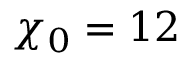
\chi _ { 0 } = 1 2